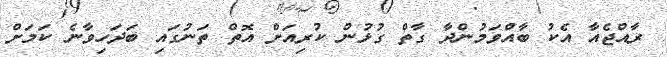
ރާއްޖެއާ އެކު ބާއްވަމުންދާ ގާތް ގުޅުން ކުރިއަށް އޮތް ތަނުގައި ބަދަހިވާނެ ކަމަށް